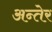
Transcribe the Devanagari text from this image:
अन्तेर